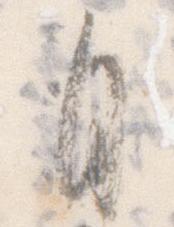
自